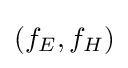
(f_{E},f_{H})